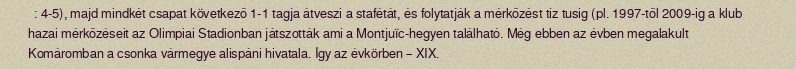
: 4-5), majd mindkét csapat következő 1-1 tagja átveszi a stafétát, és folytatják a mérkőzést tíz tusig (pl. 1997-től 2009-ig a klub hazai mérkőzéseit az Olimpiai Stadionban játszották ami a Montjuïc-hegyen található. Még ebben az évben megalakult Komáromban a csonka vármegye alispáni hivatala. Így az évkörben – XIX.